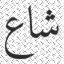
شاع